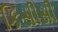
કિસીસી